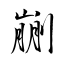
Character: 剻